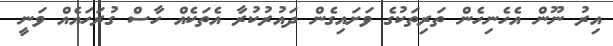
އިރު ނޫން އެހެނިހެން ތަރިތަކުގެ ވަށައިގެން ދައުރުކުރާ އެތަކެއް ހާސް ގުރަހައެއް ވަނީ